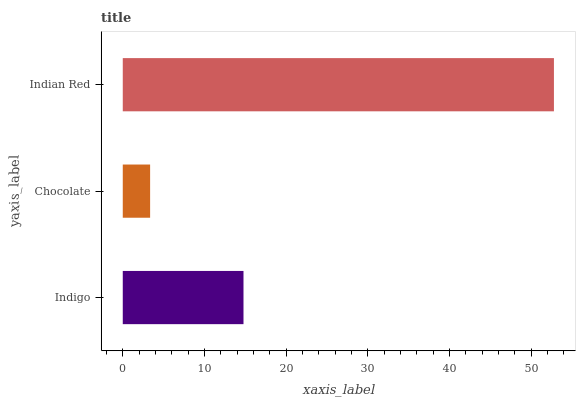
| yaxis_label | bars |
 | --- | --- |
 | Indigo | 14.8 |
 | Chocolate | 3.35 |
 | Indian Red | 52.8 |